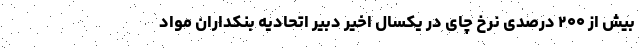
بیش از ۲۰۰ درصدی نرخ چای در یکسال اخیر دبیر اتحادیه بنکداران مواد